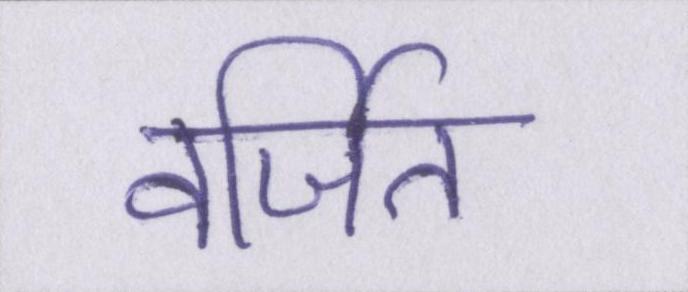
वर्जित